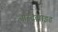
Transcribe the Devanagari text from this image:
आस्ट्रेलाइड